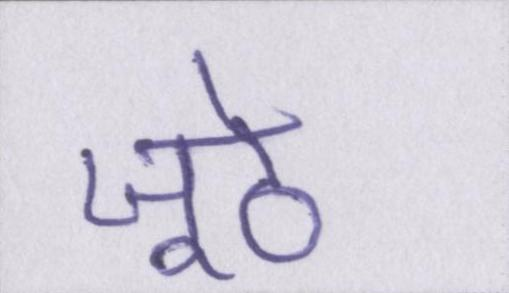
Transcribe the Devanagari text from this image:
जूठे